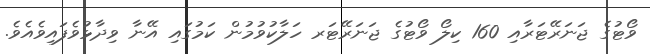
ވޯޓުގެ ޖަނަރޭޓަރާއި 160 ކިލޯ ވޯޓުގެ ޖަނަރޭޓަރ ހަލާކުވުމުން ކަމުގައި އޭނާ ވިދާޅުވެފައިވެއެވެ.